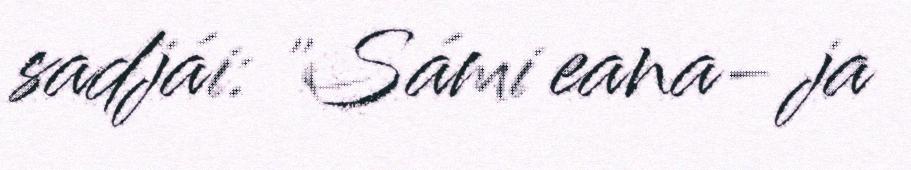
sadjái: "Sámi eana- ja